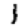
Digit: 1